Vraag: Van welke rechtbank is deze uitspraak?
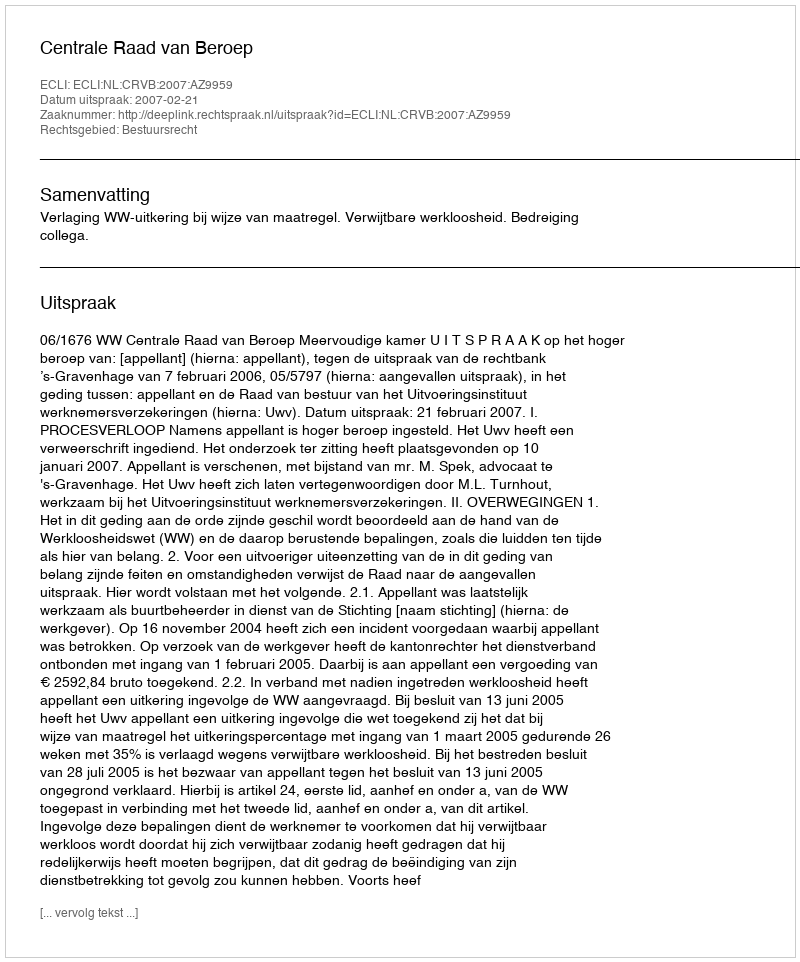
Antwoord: Centrale Raad van Beroep